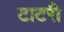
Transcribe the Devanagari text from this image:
टाटरी